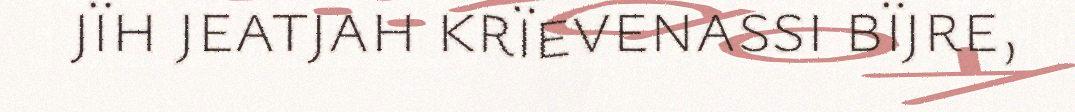
jïh jeatjah krïevenassi bïjre,